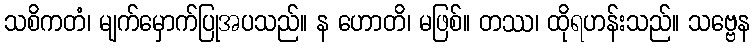
သစိကတံ၊ မျက်မှောက်ပြုအပသည်။ န ဟောတိ၊ မဖြစ်။ တဿ၊ ထိုရဟန်းသည်။ သဗ္ဗေန